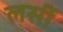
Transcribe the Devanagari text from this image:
लसीं